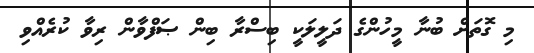
މި ގޮތަށް ބުނާ މީހުންގެ ދަލީލަކީ ބިސްރާ ބިން ޞަފްވާން ރިވާ ކުރެއްވި